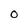
Character: 0